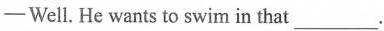
——Well. He wants to swim in that ___